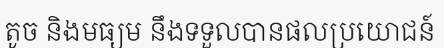
តូច និងមធ្យម នឹងទទួលបានផលប្រយោជន៍